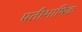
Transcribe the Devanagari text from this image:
प्रतीभाषिक